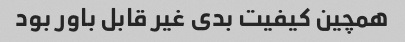
همچین کیفیت بدی غیر قابل باور بود